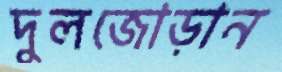
দুলজোড়ান